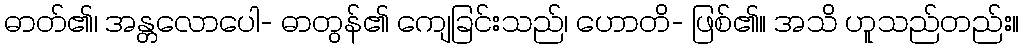
ဓာတ်၏၊ အန္တလောပေါ- ဓာတွန်၏ ကျေခြင်းသည်၊ ဟောတိ- ဖြစ်၏။ အသိ ဟူသည်တည်း။